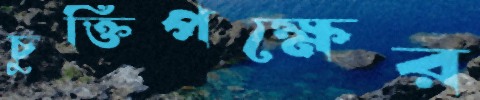
চুক্তিপক্ষের